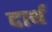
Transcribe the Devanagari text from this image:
दार्थ